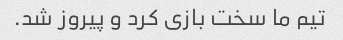
تیم ما سخت بازی کرد و پیروز شد.